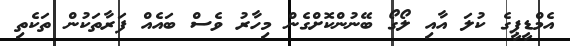
އެމްޑީޕީގެ ކުލަ އާއި ލޯގޯ ބޭނުންކޮށްގެން މިހާރު ވެސް ބައެއް ފަރާތަކުން ތަކެތި